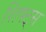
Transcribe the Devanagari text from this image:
शिफ्ट्स